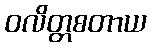
ဝလိတ္တစတာယ